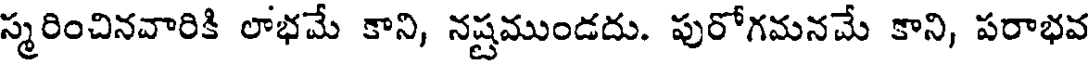
స్మరించినవారికి లాభమే కాని, నష్టముండదు. పురోగమనమే కాని, పరాభవ